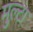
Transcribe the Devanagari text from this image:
मुल्टा